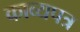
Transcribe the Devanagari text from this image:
काव्यपत्र